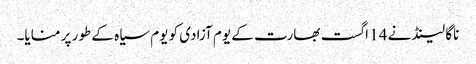
ناگا لینڈ نے 14 اگست بھارت کے یوم آزادی کو یوم سیاہ کے طور پر منایا۔